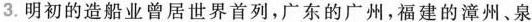
3. 明初的造船业曾居世界首列，广东的广州，福建的漳州、泉